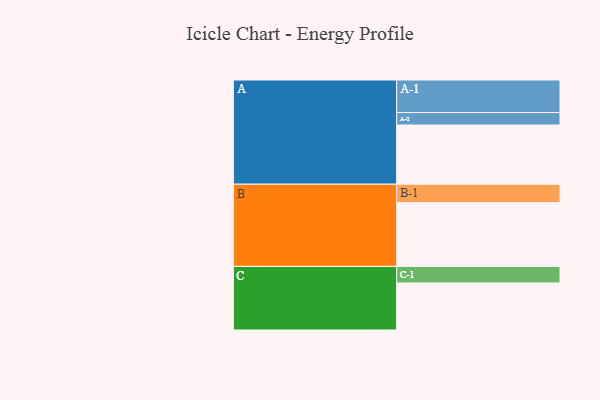
{"axis": {"x": "Segment", "y": "Value"}, "legend": ["", "A", "B", "C"], "data": [{"x": "A", "y": 500, "type": ""}, {"x": "B", "y": 538, "type": ""}, {"x": "C", "y": 397, "type": ""}, {"x": "A-1", "y": 275, "type": "A"}, {"x": "A-2", "y": 105, "type": "A"}, {"x": "B-1", "y": 156, "type": "B"}, {"x": "C-1", "y": 140, "type": "C"}]}